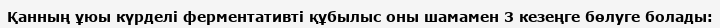
Қанның ұюы күрделі ферментативті құбылыс оны шамамен 3 кезеңге бөлуге болады: